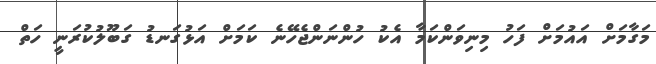
މަގާމަށް އައުމަށް ފަހު މިނިވަންކަމާ އެކު ހުންނަންޖެހޭނެ ކަމަށް އަޅުގަނޑު ގަބޫލުކުރަނީ ހަތް